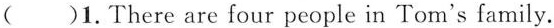
( )1.There are four people in Tom's family.